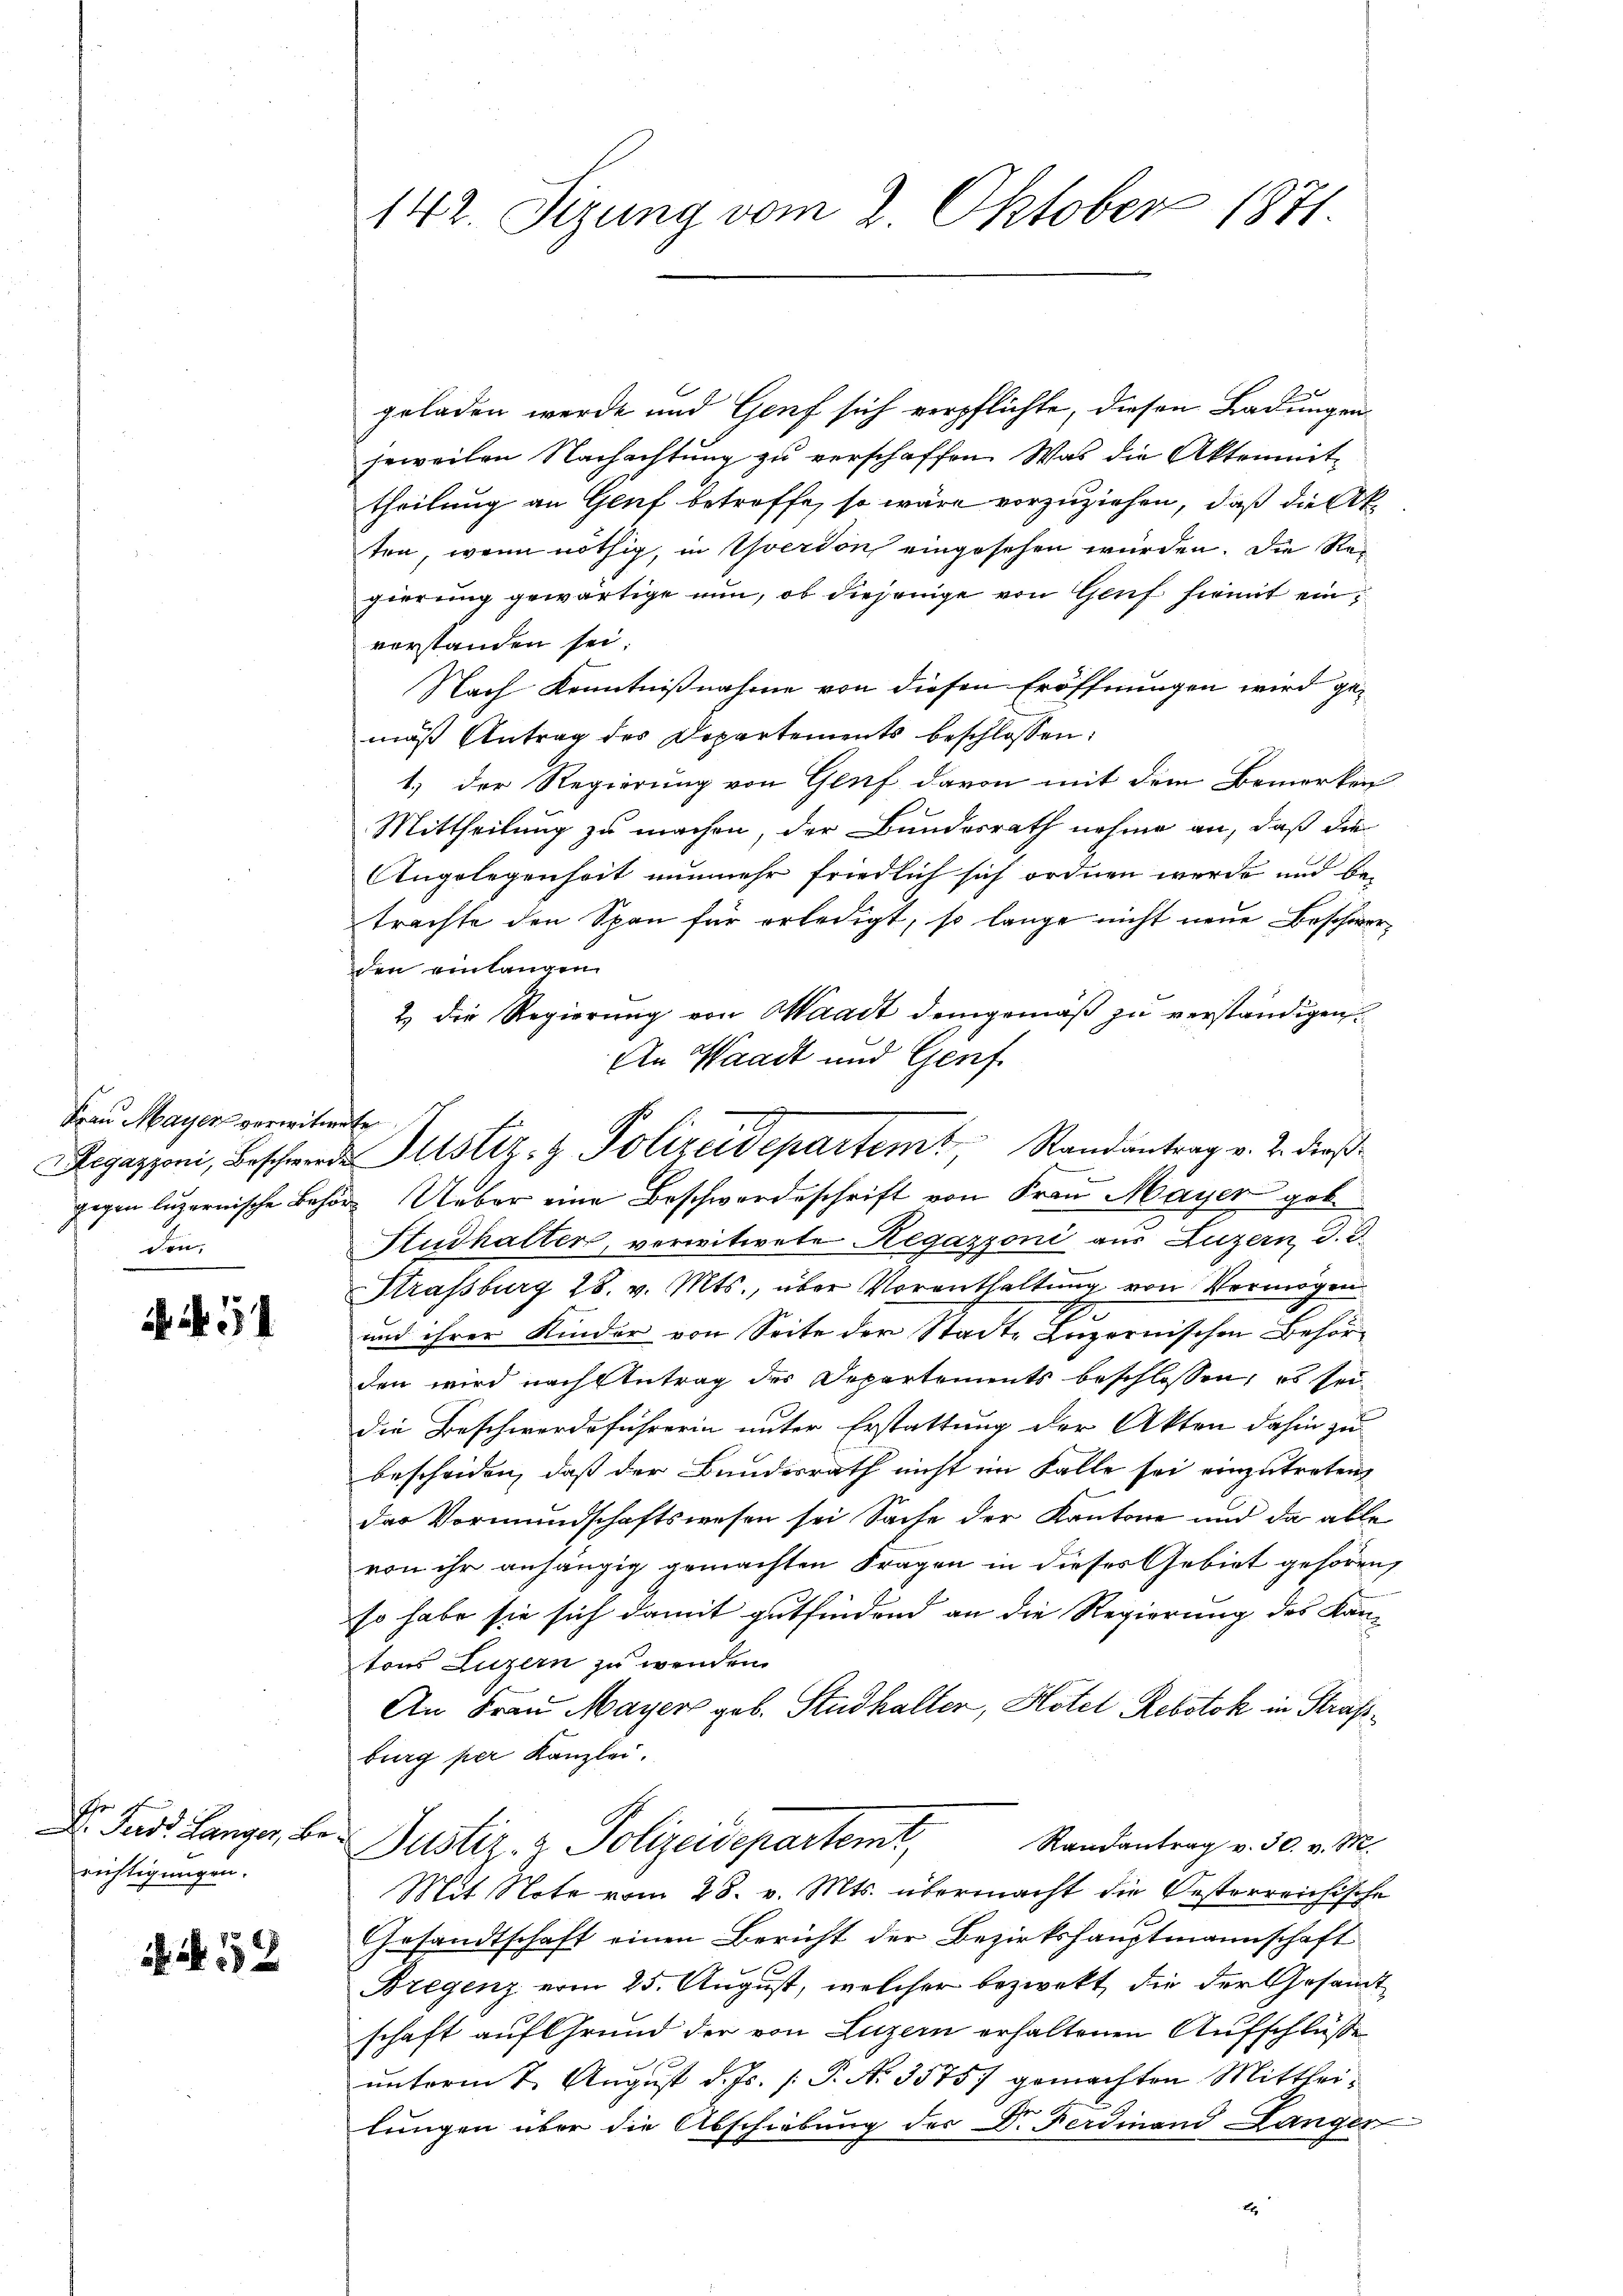
Frau Mayer verwitwete
den,

. N. 54

hr
D. Ferdt Langer, Be-
richtigungen.

N. N. 52

142. Sizung vom 2. Oktober 1871.

geladen werde und Genf sich verpflichte, diesen Ladungen
jeweilen Nachachtung zu verschaffen. Was die Aktenmit-
theilung an Gluf betreffe, so wäre vorzuziehen, daß die Ak
ten, wenn nöthig, in Yverdon eingesehen würden. Die Regierung gewärtige nun, ob diejenige von Genf hiemit einvorstanden sei.
Nach Kenntnißnahme von diesen Eröffnungen wird gemäß Antrag des Departements beschlossen:
1) der Regierung von Genf davon mit dem Bemerken
Mittheilung zu machen, der Bundesrath nehme an, daß die
Angelegenheit nunmehr friedlich sich ordnen werde und be-
trachte den Span für erledigt, so lange nicht neue Beschwerden einlangen
2. die Regierung von Waadt demgemäß zu verständigen.
An Waadt und Genf
gegen luzernische Behör Ueber eine Beschwerdeschrift von Frau Mayer geb
Studhalter, vorwitwete Regazzoni aus Luzern, d. d.
Strafsburg 18. v. Mts., über Vorenthaltung von Vermögen
und ihrer Kinder von Seite der Stadte Luzernischen Behörden wird nach Antrag der Departements beschlossen, es sei
die Beschwerdeführerin unter Erstattung der Akten dahin zu
bescheiden, daß der Bundesrath nicht im Falle sei einzutreten
das Vormundschaftswesen sei Sache der Kantone und da able
von ihr anhängig gemachten Fragen in dieses Gebiet gehören,
so habe sie sich damit gutfindend an die Regierung des Kan-
tons Luzern zu wenden.
An Frau Mayer geb. Studhaller, Hotel Rebstok in Straßburg per Kanzlei.
Randantrag v. 30. v. M.
Justiz- & Polizeidepartemt,
Mit Note vom 28. v. Mts. übermacht die Besterreichische
Gesandtschaft einen Bericht der Bezirkshauptmannschaft
Bregenz vom 25. August, welcher bezwekt, die der Gesamt
schaft auf Grund der von Luzern erhaltenen Aufschlüße
unterm 2. August d. Js. [ P. No. 35757 gemachten Mittheilungen über die Abschiebung der Dr. Ferdinand Länger
2

egazzoni, Beschwerde Justiz- & Polizeidepartemt, Randantrag v. 2. dieß¬